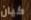
كيان